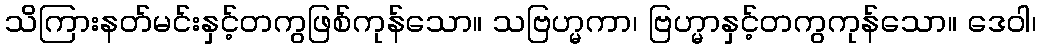
သိကြားနတ်မင်းနှင့်တကွဖြစ်ကုန်သော။ သဗြဟ္မကာ၊ ဗြဟ္မာနှင့်တကွကုန်သော။ ဒေဝါ၊